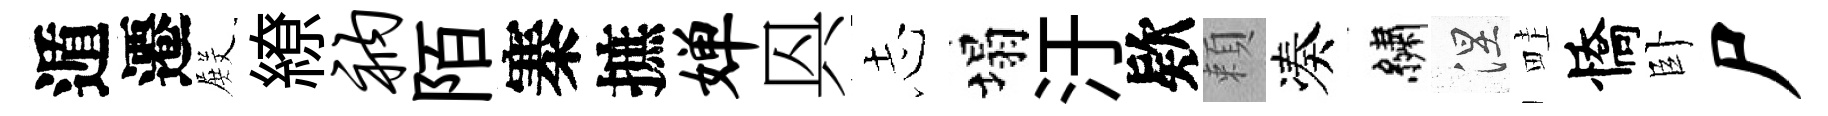
遁遷𭮺繚衲陌寨摭婵㒷𢖽塌汙欵頼凑繡涅畦憍卧尸